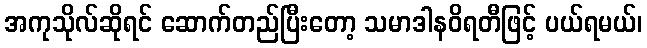
အကုသိုလ်ဆိုရင် ဆောက်တည်ပြီးတော့ သမာဒါနဝိရတီဖြင့် ပယ်ရမယ်၊